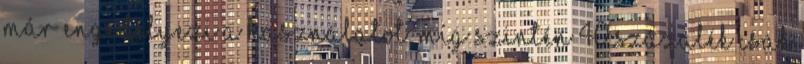
már engedélyezi a használatot, míg szintén 40 százalék csak